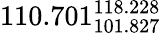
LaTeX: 110.701_{101.827}^{118.228}